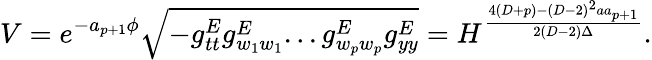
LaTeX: V=e^{-a_{p+1}\phi}\sqrt{-g_{tt}^{E}g_{w_{1}w_{1}}^{E}...g_{w_{p}w_{p}}^{E}g_{yy}^{E}}=H^{\frac{4(D+p)-(D-2)^{2}aa_{p+1}}{2(D-2)\Delta}}.